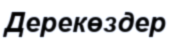
Дерекөздер